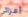
أعزائي